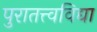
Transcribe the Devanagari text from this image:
पुरातत्त्वविद्या